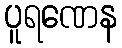
ပူရဏေန